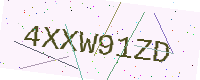
Text: 4XXW91ZD